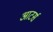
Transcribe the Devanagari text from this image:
आटर्स